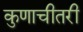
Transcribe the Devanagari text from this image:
कुणाचीतरी